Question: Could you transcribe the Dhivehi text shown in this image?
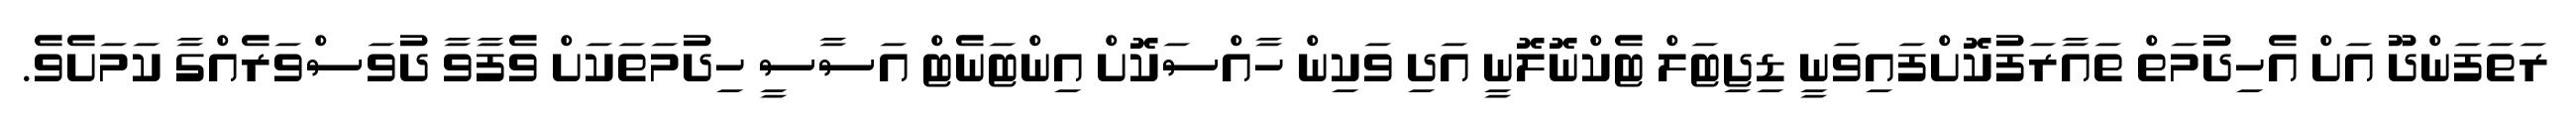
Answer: ރަތަފަންދޫ އަށް އެހިދުމަތް ތައާރަފުކޮށްފައިވަނީ ޑިޖިޓަލް ޓެކްނޮލޮނީ އަދި ވަކިން ހާއްސަކޮށް އިންޓަނެޓް އަސާސީ ހިދުމަތަކަށް ވެފާވާ ދުވަސްވަރެއްގާ ކަމަށެވެ.